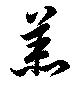
羔